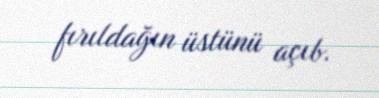
fırıldağın üstünü açıb.